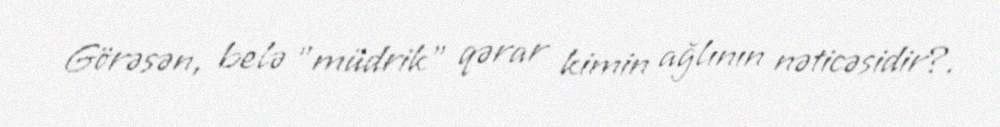
Görəsən, belə "müdrik" qərar kimin ağlının nəticəsidir?.